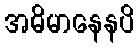
အဓိမာနေနပိ